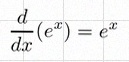
\frac{d}{dx}(e^x)=e^x